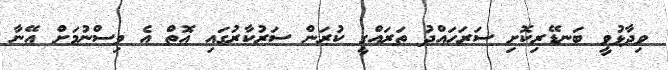
ވިދާޅުވީ ބަނޑޭރިކޮށި ސަރަހައްދު ތަރައްގީ ކުރަން ސަރުކާރުގައި އޮތް އެ ވިސްނުމަށް އޭނާ